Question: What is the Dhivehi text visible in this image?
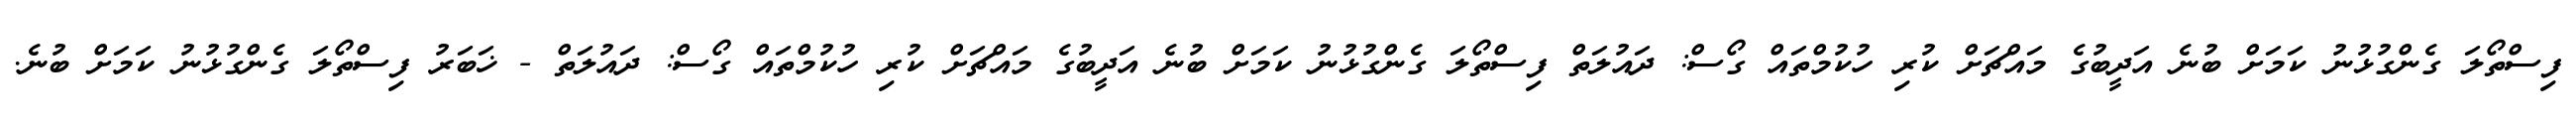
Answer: ފިސްތޯލަ ގެންގުޅުނު ކަމަށް ބުނެ އަދީބުގެ މައްޗަށް ކުރި ހުކުމްތައް ގޯސް: ދައުލަތް ފިސްތޯލަ ގެންގުޅުނު ކަމަށް ބުނެ އަދީބުގެ މައްޗަށް ކުރި ހުކުމްތައް ގޯސް: ދައުލަތް - ޚަބަރު ފިސްތޯލަ ގެންގުޅުނު ކަމަށް ބުނެ.